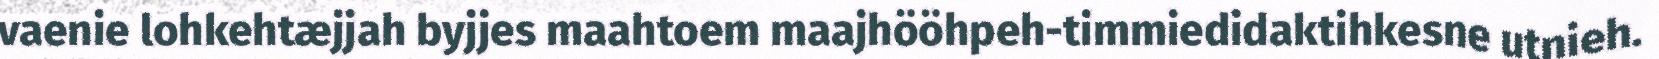
vaenie lohkehtæjjah byjjes maahtoem maajhööhpeh-timmiedidaktihkesne utnieh.